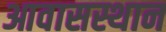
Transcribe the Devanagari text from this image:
आवासस्थान